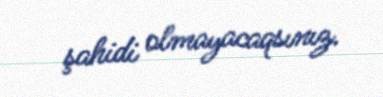
şahidi olmayacaqsınız.